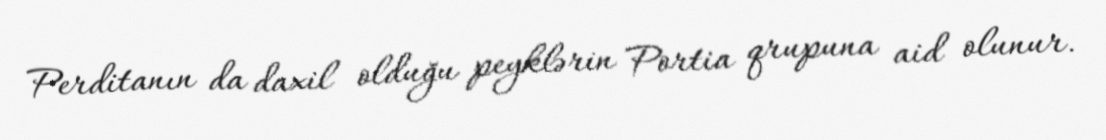
Perditanın da daxil olduğu peyklərin Portia qrupuna aid olunur.